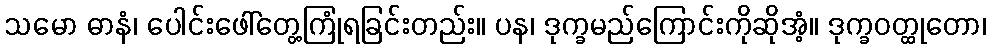
သမော ဓာနံ၊ ပေါင်းဖေါ်တွေ့ကြုံရခြင်းတည်း။ ပန၊ ဒုက္ခမည်ကြောင်းကိုဆိုအံ့။ ဒုက္ခဝတ္ထုတော၊